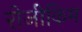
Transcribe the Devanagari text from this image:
रोजीकिम